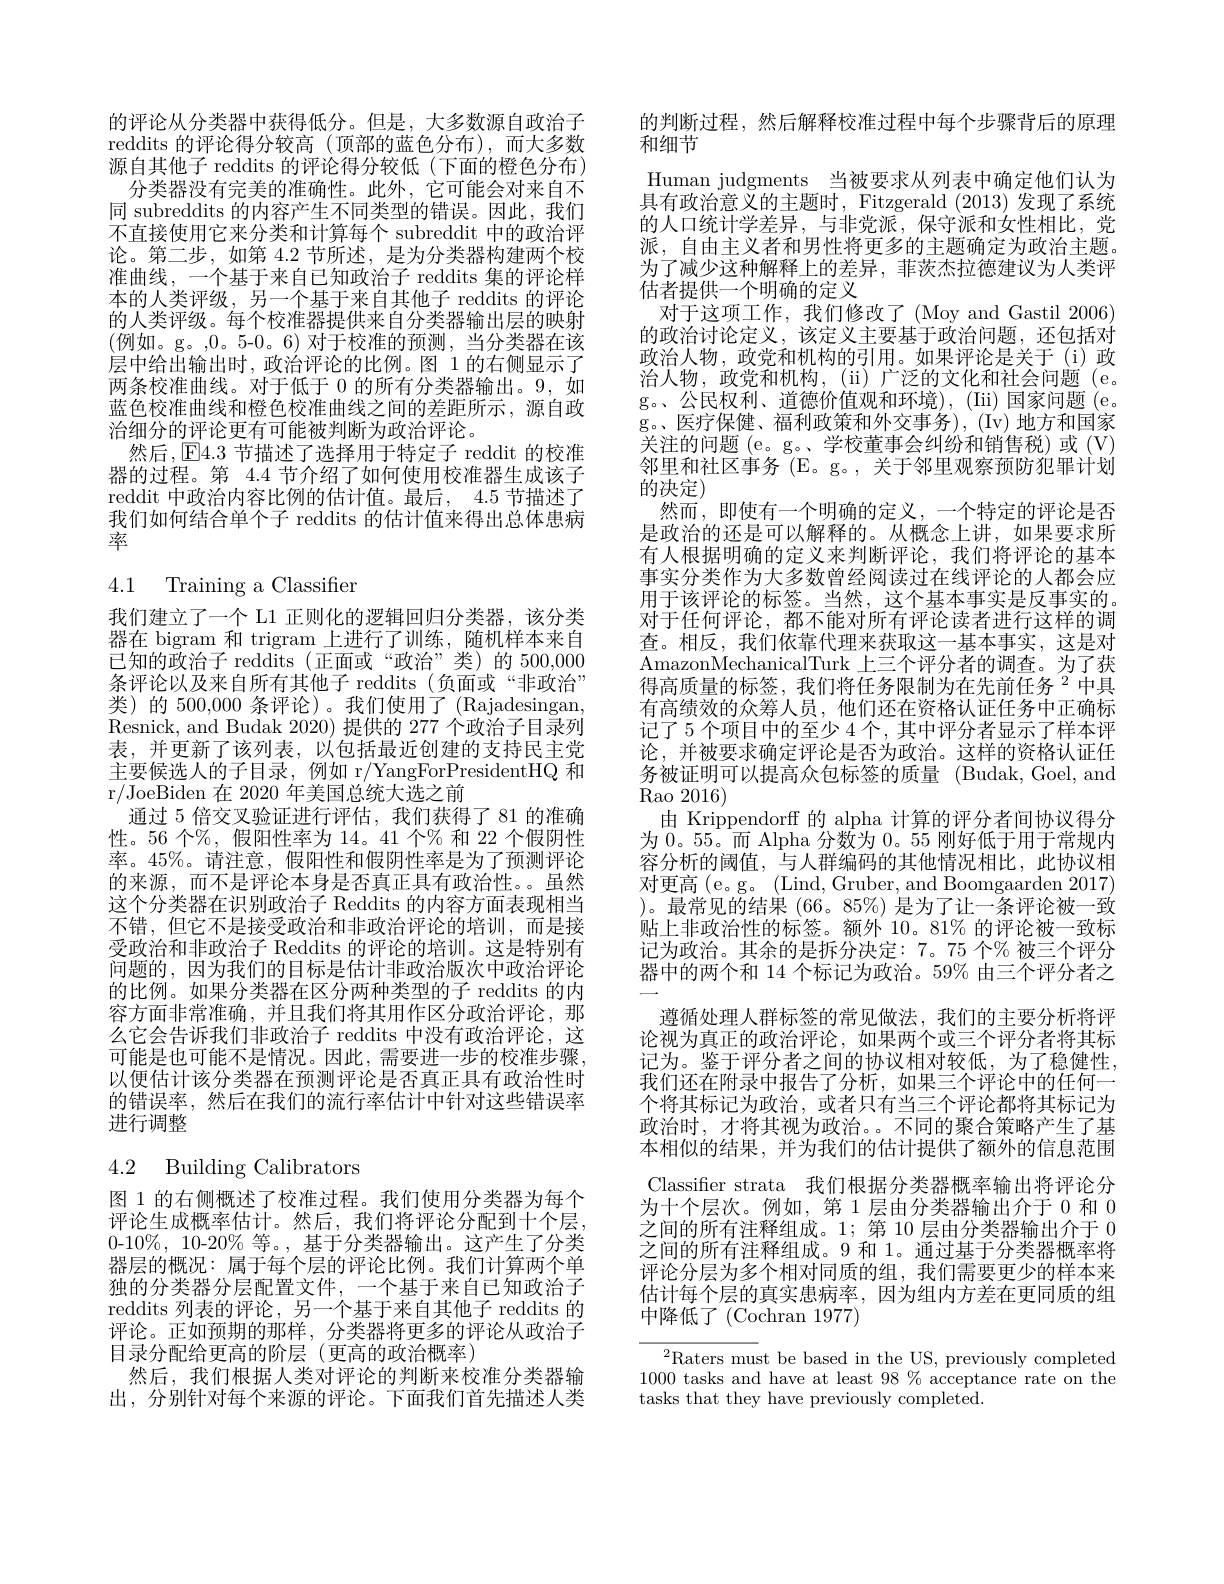
的评论从分类器中获得低分。但是，大多数源自政治子reddits 的评论得分较高(顶部的蓝色分布),而大多数源自其他子 reddits 的评论得分较低(下面的橙色分布)
分类器没有完美的准确性。此外，它可能会对来自不同 subreddits 的内容产生不同类型的错误。因此，我们不直接使用它来分类和计算每个 subreddit 中的政治评论。第二步，如第 4.2 节所述，是为分类器构建两个校准曲线，一个基于来自已知政治子 reddits 集的评论样本的人类评级，另一个基于来自其他子 reddits 的评论的人类评级。每个校准器提供来自分类器输出层的映射(例如。g。,0。5-0。6)对于校准的预测，当分类器在该层中给出输出时，政治评论的比例。图 1 的右侧显示了两条校准曲线。对于低于 0 的所有分类器输出。9,如蓝色校准曲线和橙色校准曲线之间的差距所示，源自政治细分的评论更有可能被判断为政治评论。
然后，$\operatorname{E}4.3$节描述了选择用于特定子 reddit 的校准器的过程。第 4.4 节介绍了如何使用校准器生成该子reddit 中政治内容比例的估计值。最后，4.5 节描述了我们如何结合单个子 reddits 的估计值来得出总体患病率

## 4.1 Training a Classifier

我们建立了一个 L1 正则化的逻辑回归分类器，该分类器在 bigram 和 trigram 上进行了训练，随机样本来自已知的政治子 reddits (正面或“政治”类)的 500,000条评论以及来自所有其他子 reddits (负面或“非政治” 类)的 500,000 条评论)。我们使用了 (Rajadesingan, Resnick, and Budak 2020) 提供的 277 个政治子目录列表，并更新了该列表，以包括最近创建的支持民主党主要候选人的子目录，例如 r/YangForPresidentHQ 和r/JoeBiden 在 2020 年美国总统大选之前
通过 5 倍交叉验证进行评估，我们获得了 81 的准确性。56 个%, 假阳性率为 14。41 个% 和 22 个假阴性率。45%。请注意，假阳性和假阴性率是为了预测评论的来源，而不是评论本身是否真正具有政治性。虽然这个分类器在识别政治子 Reddits 的内容方面表现相当不错，但它不是接受政治和非政治评论的培训，而是接受政治和非政治子 Reddits 的评论的培训。这是特别有问题的，因为我们的目标是估计非政治版次中政治评论的比例。如果分类器在区分两种类型的子 reddits 的内容方面非常准确，并且我们将其用作区分政治评论，那么它会告诉我们非政治子 reddits 中没有政治评论，这可能是也可能不是情况。因此，需要进一步的校准步骤， 以便估计该分类器在预测评论是否真正具有政治性时的错误率，然后在我们的流行率估计中针对这些错误率进行调整

# 4.2 Building Calibrators

图 1 的右侧概述了校准过程。我们使用分类器为每个评论生成概率估计。然后，我们将评论分配到十个层， 0-10%,10-20%等。,基于分类器输出。这产生了分类器层的概况：属于每个层的评论比例。我们计算两个单独的分类器分层配置文件，一个基于来自已知政治子reddits 列表的评论，另一个基于来自其他子 reddits 的评论。正如预期的那样，分类器将更多的评论从政治子目录分配给更高的阶层(更高的政治概率)
然后，我们根据人类对评论的判断来校准分类器输出，分别针对每个来源的评论。下面我们首先描述人类

的判断过程，然后解释校准过程中每个步骤背后的原理
和细节
Human judgments 当被要求从列表中确定他们认为具有政治意义的主题时，Fitzgerald (2013)发现了系统的人口统计学差异，与非党派，保守派和女性相比，党派，自由主义者和男性将更多的主题确定为政治主题。为了减少这种解释上的差异，菲茨杰拉德建议为人类评估者提供一个明确的定义
对于这项工作，我们修改了(Moy and Gastil 2006) 的政治讨论定义，该定义主要基于政治问题，还包括对政治人物，政党和机构的引用。如果评论是关于(i)政治人物，政党和机构，(ii)广泛的文化和社会问题(e。g。、公民权利、道德价值观和环境),(Iii) 国家问题(e. g。、医疗保健、福利政策和外交事务),(Iv)地方和国家关注的问题 (e。g。、学校董事会纠纷和销售税)或 (V) 邻里和社区事务 (E。g。, 关于邻里观察预防犯罪计划的决定)
然而，即使有一个明确的定义，一个特定的评论是否是政治的还是可以解释的。从概念上讲，如果要求所有人根据明确的定义来判断评论，我们将评论的基本事实分类作为大多数曾经阅读过在线评论的人都会应用于该评论的标签。当然，这个基本事实是反事实的。对于任何评论，都不能对所有评论读者进行这样的调查。相反，我们依靠代理来获取这一基本事实，这是对AmazonMechanicalTurk 上三个评分者的调查。为了获得高质量的标签，我们将任务限制为在先前任务$^{2}$中具有高绩效的众筹人员，他们还在资格认证任务中正确标记了 5 个项目中的至少 4 个 , 其中评分者显示了样本评论，并被要求确定评论是否为政治。这样的资格认证任务被证明可以提高众包标签的质量 (Budak, Goel, and Rao 2016)
由 Krippendorff 的 alpha 计算的评分者间协议得分为 0。55。而 Alpha 分数为0。55 刚好低于用于常规内容分析的阈值，与人群编码的其他情况相比，此协议相对更高 (e。g。(Lind, Gruber, and Boomgaarden 2017) )。最常见的结果 (66。85%) 是为了让一条评论被一致贴上非政治性的标签。额外 10。81% 的评论被一致标记为政治。其余的是拆分决定：7。75 个% 被三个评分器中的两个和 14 个标记为政治。59% 由三个评分者之
遵循处理人群标签的常见做法，我们的主要分析将评论视为真正的政治评论，如果两个或三个评分者将其标记为。鉴于评分者之间的协议相对较低，为了稳健性， 我们还在附录中报告了分析，如果三个评论中的任何一个将其标记为政治，或者只有当三个评论都将其标记为政治时，才将其视为政治。。不同的聚合策略产生了基本相似的结果，并为我们的估计提供了额外的信息范围Classifier strata 我们根据分类器概率输出将评论分$\begin{array}{l}\text{为十个层次。例如，第 1 层由分类器输出介于 0 和 0}\\\text{之间的所有注释组成。1; 第 10 层由分类器输出介于 0}\end{array}$ 之间的所有注释组成。9 和 1。通过基于分类器概率将评论分层为多个相对同质的组，我们需要更少的样本来估计每个层的真实患病率，因为组内方差在更同质的组中降低了(Cochran1977)
$^{2}$Raters must be based in the US, previously completed

1000 tasks and have at least 98% acceptance rate on the
tasks that they have previously completed.